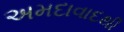
અમદાવાદથી